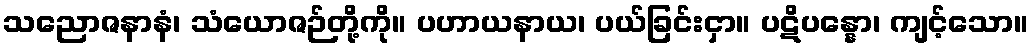
သညောဇနာနံ၊ သံယောဇဉ်တို့ကို။ ပဟာယနာယ၊ ပယ်ခြင်းငှာ။ ပဋိပန္နော၊ ကျင့်သော။